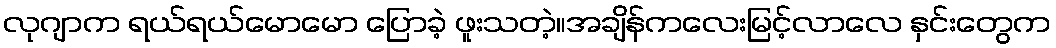
လုဂျာက ရယ်ရယ်မောမော ပြောခဲ့ ဖူးသတဲ့။အချိန်ကလေးမြင့်လာလေ နှင်းတွေက